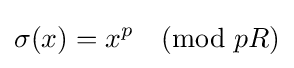
\sigma (x)=x^{p}{\pmod {pR}}